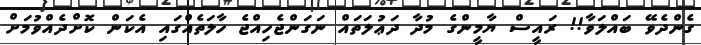
ގެންދެވޭ ބައްލަވާ!! ރައީސް ޔާމީންގެ މުދާ ދަޢުލަތައް ނަގަންޖެހިއްޖެ ހާލަތެއްގައި އެކަން ކޮށްދެއްވުމަށް